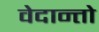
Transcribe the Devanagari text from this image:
वेदान्तो